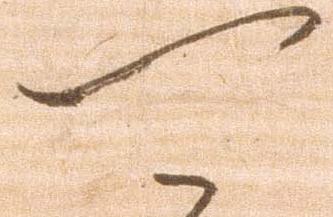
可